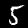
Digit: 5